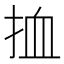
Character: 𢬔